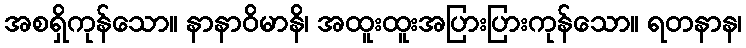
အစရှိကုန်သော။ နာနာဝိမာနိ၊ အထူးထူးအပြားပြားကုန်သော။ ရတနာန၊